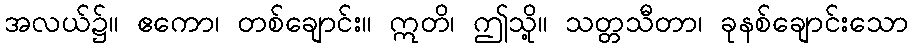
အလယ်၌။ ဧကော၊ တစ်ချောင်း။ ဣတိ၊ ဤသို့။ သတ္တသီတာ၊ ခုနစ်ချောင်းသော